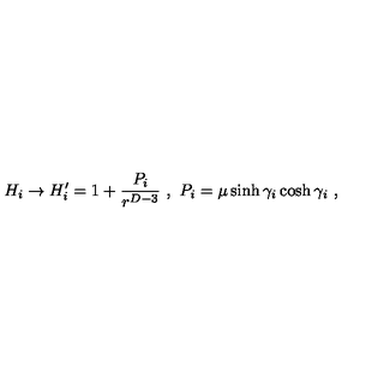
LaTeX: H _ { i } \to H _ { i } ^ { \prime } = 1 + { \frac { P _ { i } } { r ^ { D - 3 } } } \ , \ P _ { i } = \mu \sinh \gamma _ { i } \cosh \gamma _ { i } \ ,